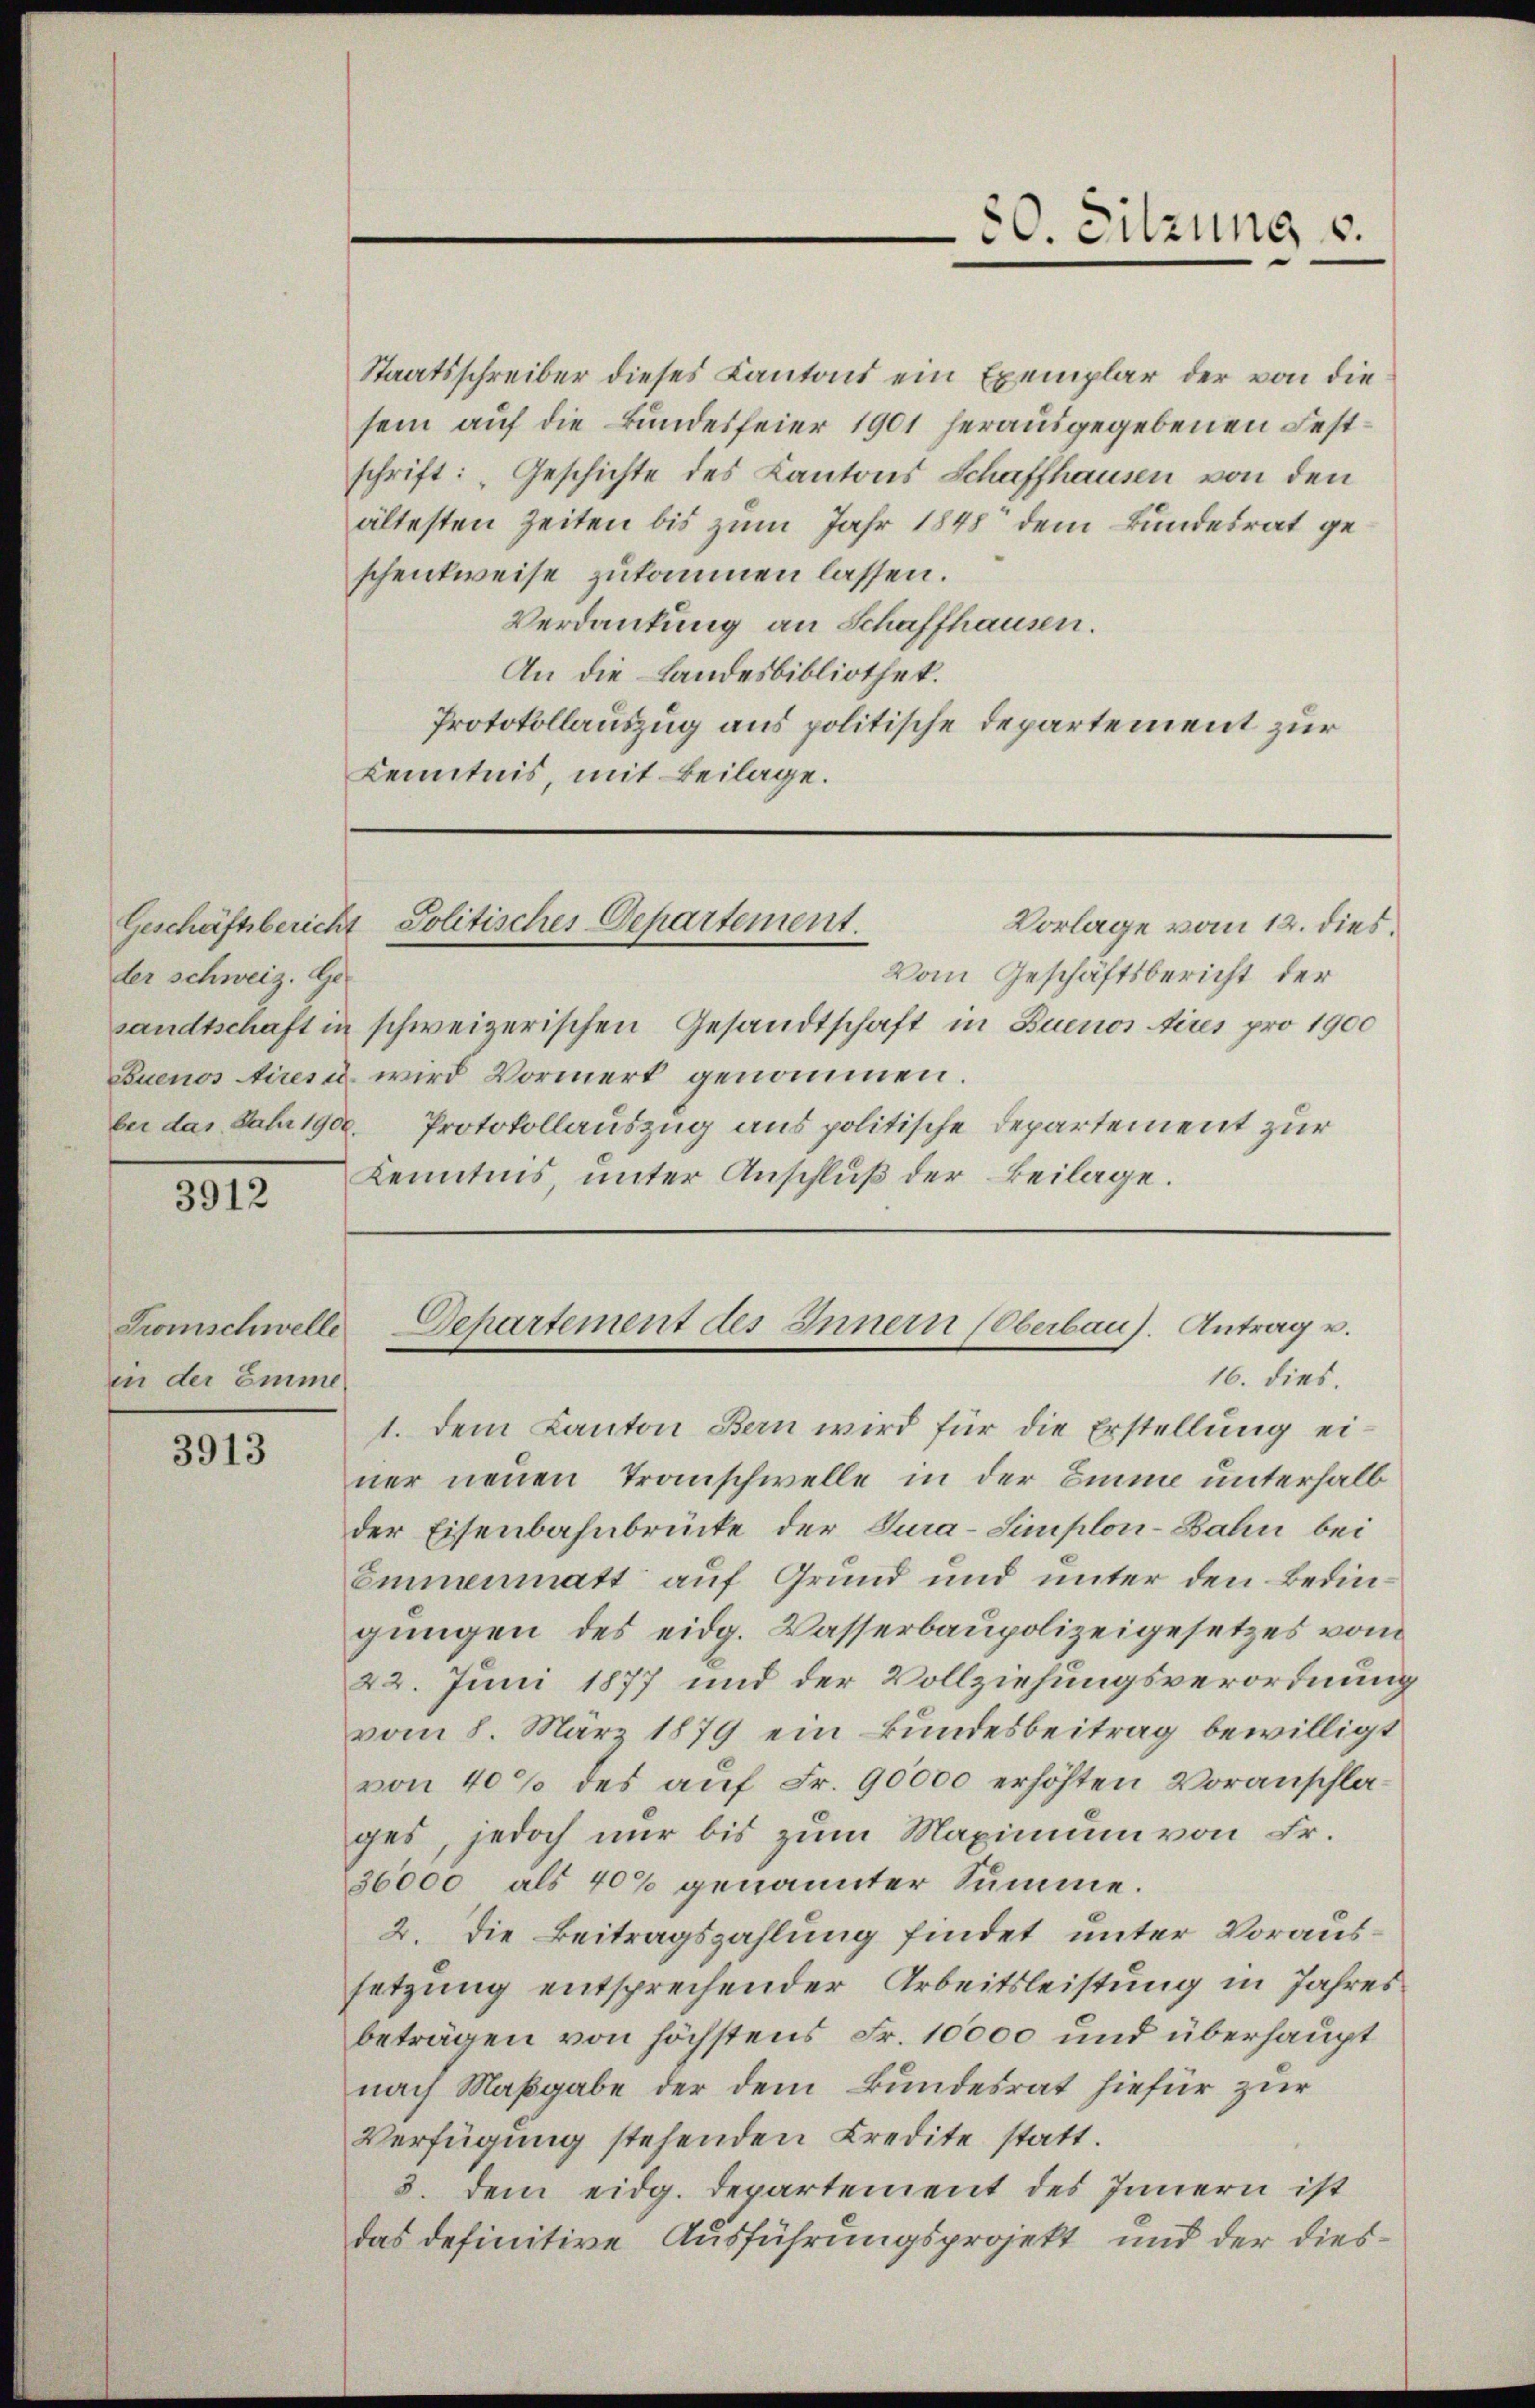
der schweiz. Ge-
ber das Jahr 1900.

3912

Zwischwelle
in der Emme

3913

30. Sitzung v.

Staatsschreiber dieses Kantons ein Exemplar der von diesein auf die Bundesfeier 1901 herausgegebenen Festschrift: „Geschichte des Kantons Schaffhausen von den
ältesten Zeiten bis zum Jahr 1848 dem Bundesrat geschenkweise zukommen lassen.
Verdankung an Schaffhausen.
An die Landesbibliothek.
Protokollauszug aus politische Departement zur
Kenntnis, mit Beilage.

Geschäftsbericht Politisches Departement.
Vorlage vom 12. dies.

Vom Geschäftsbericht der
sandtschaft in schweizerischen Gesandtschaft in Buenos Aires pro 1900
Euenos Aires wird Vormerk genommen.
Protokollauszug aus politische Departement zur
Kenntnis unter Anschlŭβ der Beilage.

Departement des Innern (Oberbaus. Antrag u.
16. dies.

1. Dem Kanton Bern wird für die Erstellung einer neuen Transchwelle in der Eine unterhalb
der Eisenbahnbrücke der Tura-Simplon-Bahn bei
Emmenmatt auf Grund und unter den Bedingungen des eidg. Wasserbaupolizeigesetzes vom
22. Juni 1877 und der Vollziehungsverordnung
vom 8. März 1879 ein Bundesbeitrag bewilligt
von 40% des auf Fr. 90000 erhöhten Voranschlages, jedoch nur bis zum Maximum von Fr.
36000 als 40% genannter Summe.
2. Die Beitragszahlung findet unter Voraussetzung entsprechender Arbeitsleistung in Jahres
beträgen von höchstens Fr. 10000 und überhaupt
nach Maßgabe der dem Bundesrat hiefür zur
Verfügung stehenden Credite statt.
3. dem eidg. Departement des Innern ist
das definitive Ausführungsprojekt und der dies¬